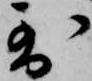
到